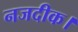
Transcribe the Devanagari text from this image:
नजदीक।